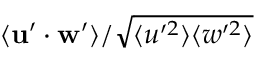
\langle \mathbf { u } ^ { \prime } \cdot \mathbf { w } ^ { \prime } \rangle / \sqrt { \langle u ^ { \prime 2 } \rangle \langle w ^ { \prime 2 } \rangle }